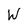
Character: W